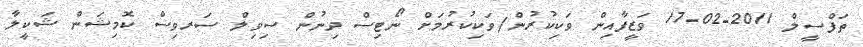
ތަފްސީލް 2011-02-17 ވަޒީފާއިން ވަކިކުރުން/ވަކިކުރުމަށް ނޯޓިސް ދިނުން ސިވިލް ސަރވިސް ކޮމިޝަން ޝަކީލާ